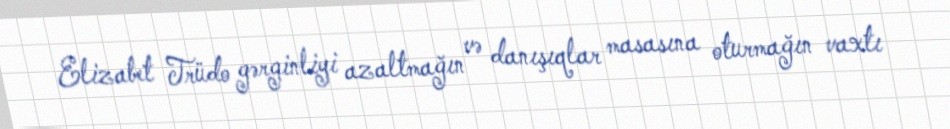
Elizabet Trüdo gərginliyi azaltmağın və danışıqlar masasına oturmağın vaxtı